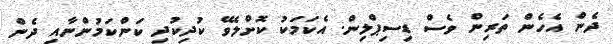
ދެން އެހެން ތަރިން ވެސް ޑިސިޕްލިން. އެކަމަކު ކޮށްލެވޭ ކުދިކުދި ކަންކަމުންނާއި ދެން